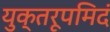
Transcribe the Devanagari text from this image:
युक्तरूपमिदं